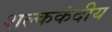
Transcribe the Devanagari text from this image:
शल्ककंदीय